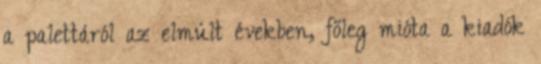
a palettáról az elmúlt években, főleg mióta a kiadók